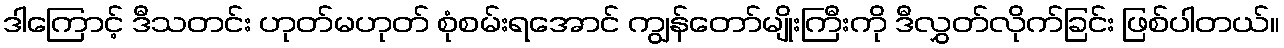
ဒါကြောင့် ဒီသတင်း ဟုတ်မဟုတ် စုံစမ်းရအောင် ကျွန်တော်မျိုးကြီးကို ဒီလွှတ်လိုက်ခြင်း ဖြစ်ပါတယ်။